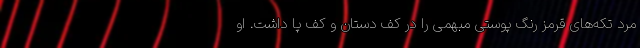
مرد تکه‌های قرمز رنگ پوستی مبهمی را در کف دستان و کف پا داشت. او